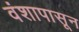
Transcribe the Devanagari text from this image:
वंशापासून